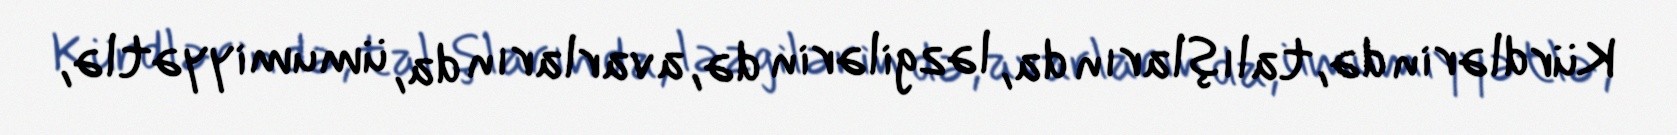
Kürdlərin də, talışların da, ləzgilərin də, avarların da, ümumiyyətlə,